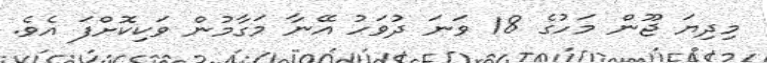
މިދިޔަ ޖޫން މަހުގެ 18 ވަނަ ދުވަހު އޭނާ މަގާމުން ވަކިކޮށްފަ އެވެ.